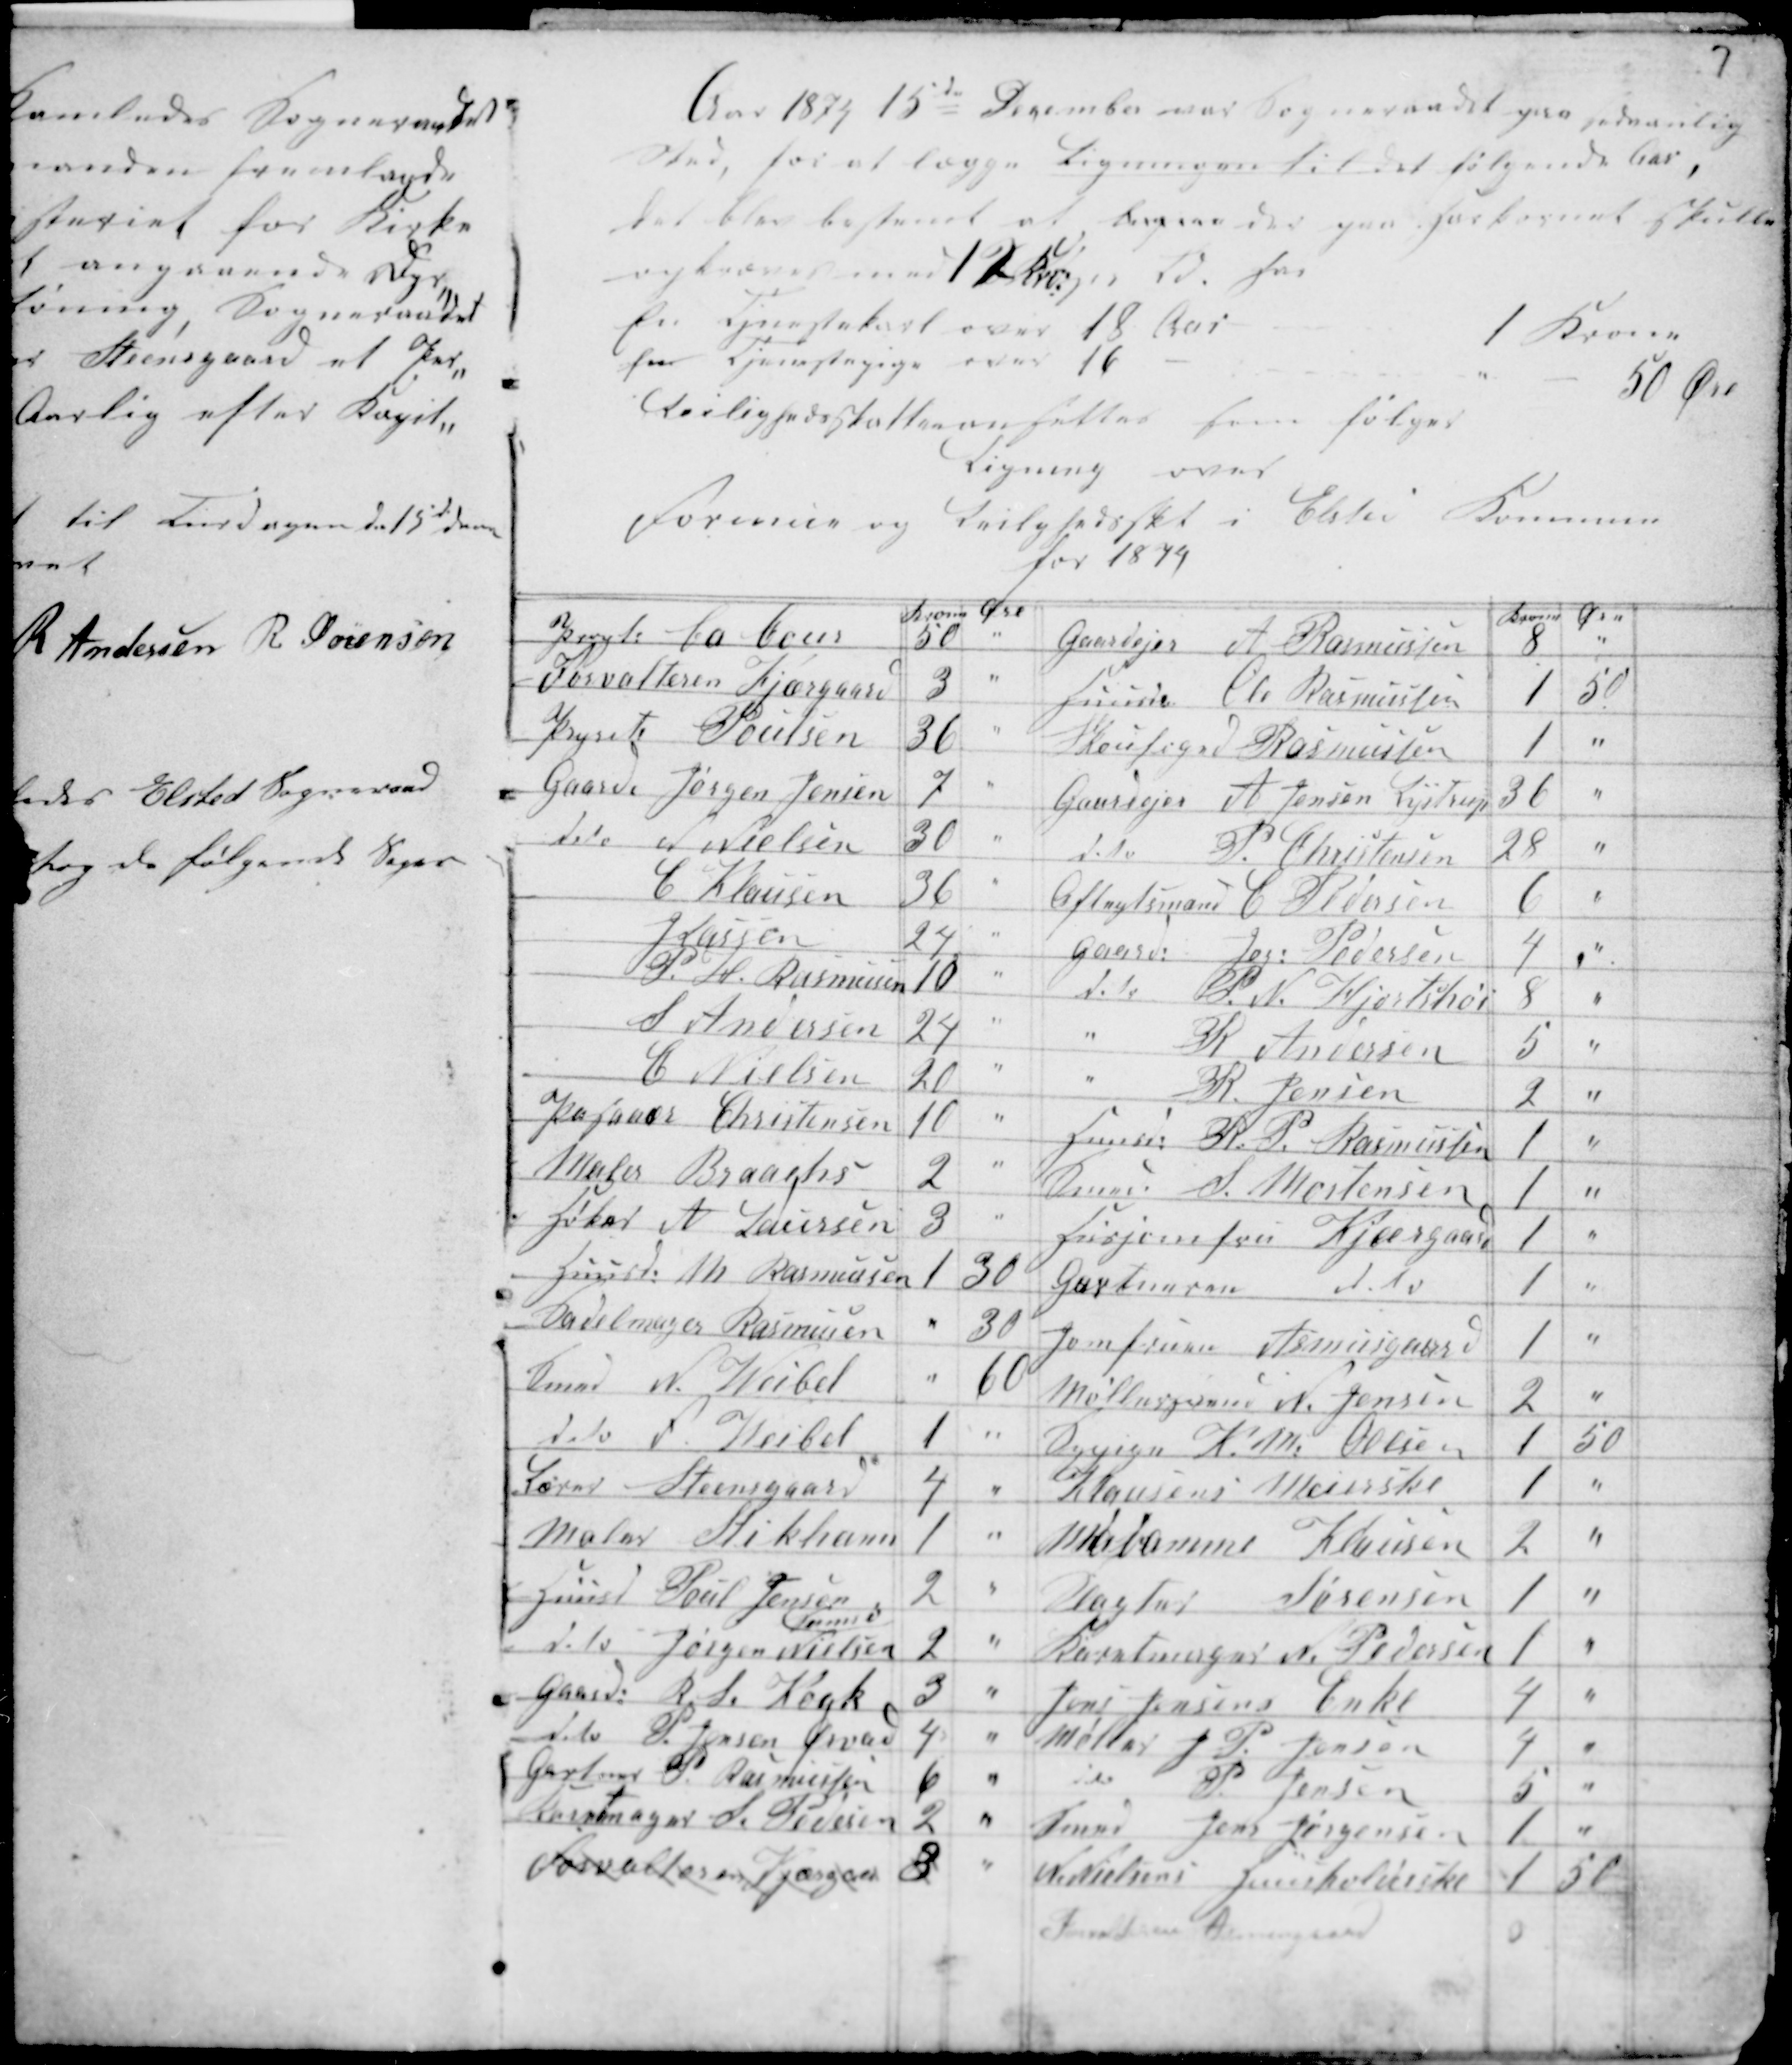
Transskription:
7

Aar 1874 15de December var Sogneraadet paa sædvanlig
Sted, for at lægge Ligningen til det følgende Aar,
det blev bestemt at Ligne den paa Hartkornet Skatten
opkræves med 12 Kr: pr Td. for
En Tjenestekarl over 18 Aar
1 Krone
for Tjenestepige over 16 -
50 Øre
Leilighedsskatten sattes som følger
Ligning over
Formue og
Leilighedsskat i Elsted Kommune
for 1874